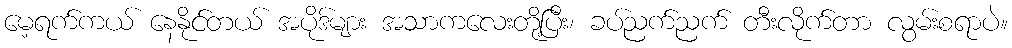
မေ့ရက်ကယ် နေနိုင်တယ် အပိုဒ်များ အသာကလေးတို့ပြီး၊ ခပ်ညက်ညက် တီးလိုက်တာ လွမ်းစရာပဲ။